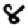
Digit: 8